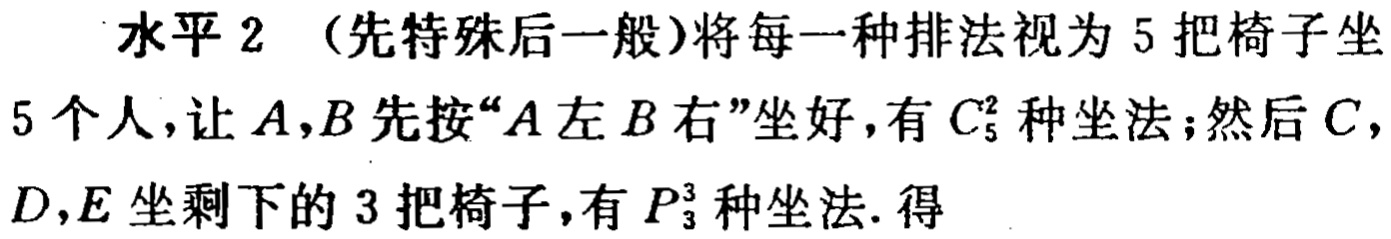
水平 2 （先特殊后一般）将每一种排法视为 5 把椅子坐
5 个人，让 \(A,B\) 先按“\(A\) 左 \(B\) 右”坐好，有 \(C_{5}^{2}\) 种坐法；然后 \(C\)，
\(D,E\) 坐剩下的 3 把椅子，有 \(P_{3}^{3}\) 种坐法. 得